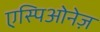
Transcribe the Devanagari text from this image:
एस्पिओनेज़